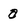
Character: a